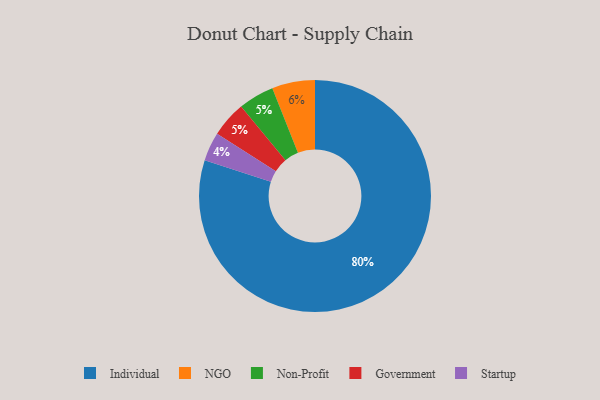
{"axis": {"x": "Category", "y": "Percentage"}, "legend": ["Government", "Individual", "NGO", "Non-Profit", "Startup"], "data": [{"x": "Non-Profit", "y": 5, "type": "Non-Profit"}, {"x": "Individual", "y": 80, "type": "Individual"}, {"x": "NGO", "y": 6, "type": "NGO"}, {"x": "Startup", "y": 4, "type": "Startup"}, {"x": "Government", "y": 5, "type": "Government"}]}